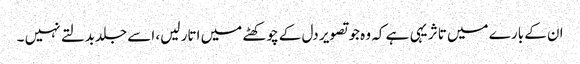
ان کے بارے میں تاثر یہی ہے کہ وہ جو تصویر دل کے چوکھٹے میں اتار لیں، اسے جلدبدلتے نہیں ۔